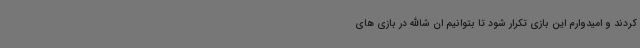
کردند و امیدوارم این بازی تکرار شود تا بتوانیم ان شاالله در بازی های